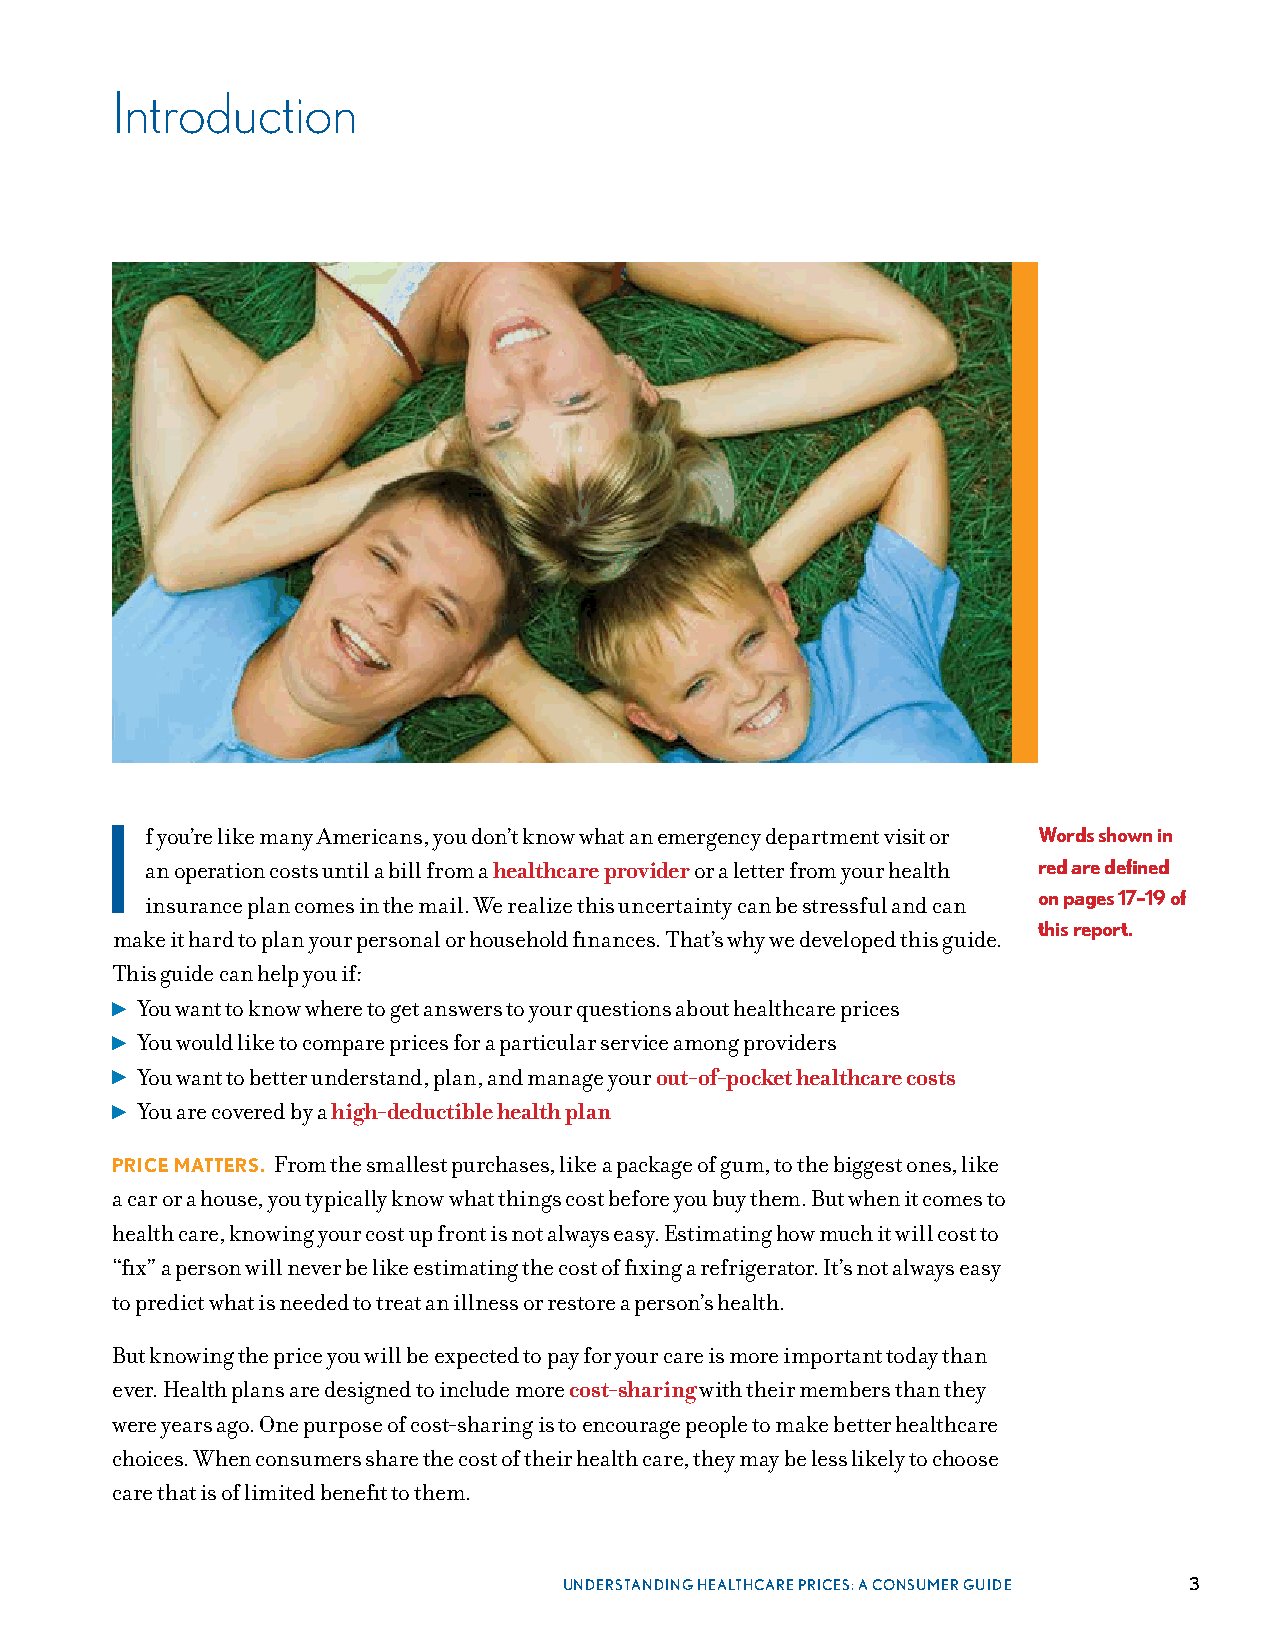
Introduction
 I
 f you’re like many Americans, you don’t know what an emergency department visit or Words shown in
 an operation costs until a bill from a healthcare provider or a letter from your health red are defined
 insurance plan comes in the mail . We realize this uncertainty can be stressful and can on pages 17–19 of
 this report.
 make it hard to plan your personal or household finances . That’s why we developed this guide .
 This guide can help you if:
 ▶ You want to know where to get answers to your questions about healthcare prices
 ▶ You would like to compare prices for a particular service among providers
 ▶ You want to better understand, plan, and manage your out-of-pocket healthcare costs
 ▶ You are covered by a high-deductible health plan
 PRICE MATTERS. From the smallest purchases, like a package of gum, to the biggest ones, like
 a car or a house, you typically know what things cost before you buy them . But when it comes to
 health care, knowing your cost up front is not always easy . Estimating how much it will cost to
 “fix” a person will never be like estimating the cost of fixing a refrigerator . It’s not always easy
 to predict what is needed to treat an illness or restore a person’s health .
 But knowing the price you will be expected to pay for your care is more important today than
 ever . Health plans are designed to include more cost-sharing with their members than they
 were years ago . One purpose of cost-sharing is to encourage people to make better healthcare
 choices . When consumers share the cost of their health care, they may be less likely to choose
 care that is of limited benefit to them .
 UNDERSTANDING HEALTHCARE PRICES: A CONSUMER GUIDE 3